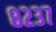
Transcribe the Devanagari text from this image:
८२३७